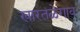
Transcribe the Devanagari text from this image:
खारतळेगाव